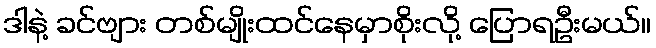
ဒါနဲ့ ခင်ဗျား တစ်မျိုးထင်နေမှာစိုးလို့ ပြောရဦးမယ်။